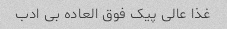
غذا عالی پیک فوق العاده بی ادب